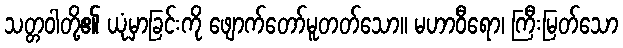
သတ္တဝါတို့၏ ယုံမှာခြင်းကို ဖျောက်တော်မူတတ်သော။ မဟာဝီရော၊ ကြီးမြတ်သော